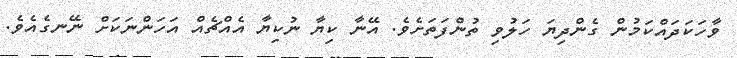
ވާހަކަދައްކަމުން ގެންދިޔަ ހަލުވި ތުންފަތަށެވެ. އޭނާ ކިޔާ ނުކިޔާ އެއްޗެއް އަހަންނަކަށް ނޭނގެއެވެ.